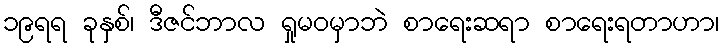
၁၉ရရ ခုနှစ်၊ ဒီဇင်ဘာလ ရှုမဝမှာဘဲ စာရေးဆရာ စာရေးရတာဟာ၊